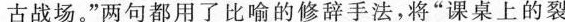
古战场。”两句都用了比喻的修辞手法，将”课桌上的裂缝